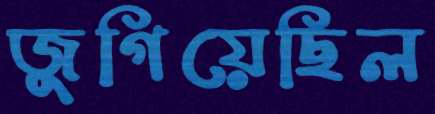
জুগিয়েছিল